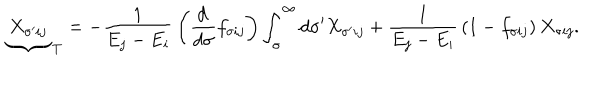
{ \underbrace { \ X _ { \sigma ^ { \prime } i j } \ } } _ { T } = - { \frac { 1 } { E _ { j } - E _ { i } } } \left( { \frac { d \, } { d \sigma } } f _ { \sigma i j } \right) \int _ { \sigma } ^ { \infty } d \sigma ^ { \prime } X _ { \sigma ^ { \prime } i j } + { \frac { 1 } { E _ { j } - E _ { i } } } \left( 1 - f _ { \sigma i j } \right) X _ { \sigma i j } .